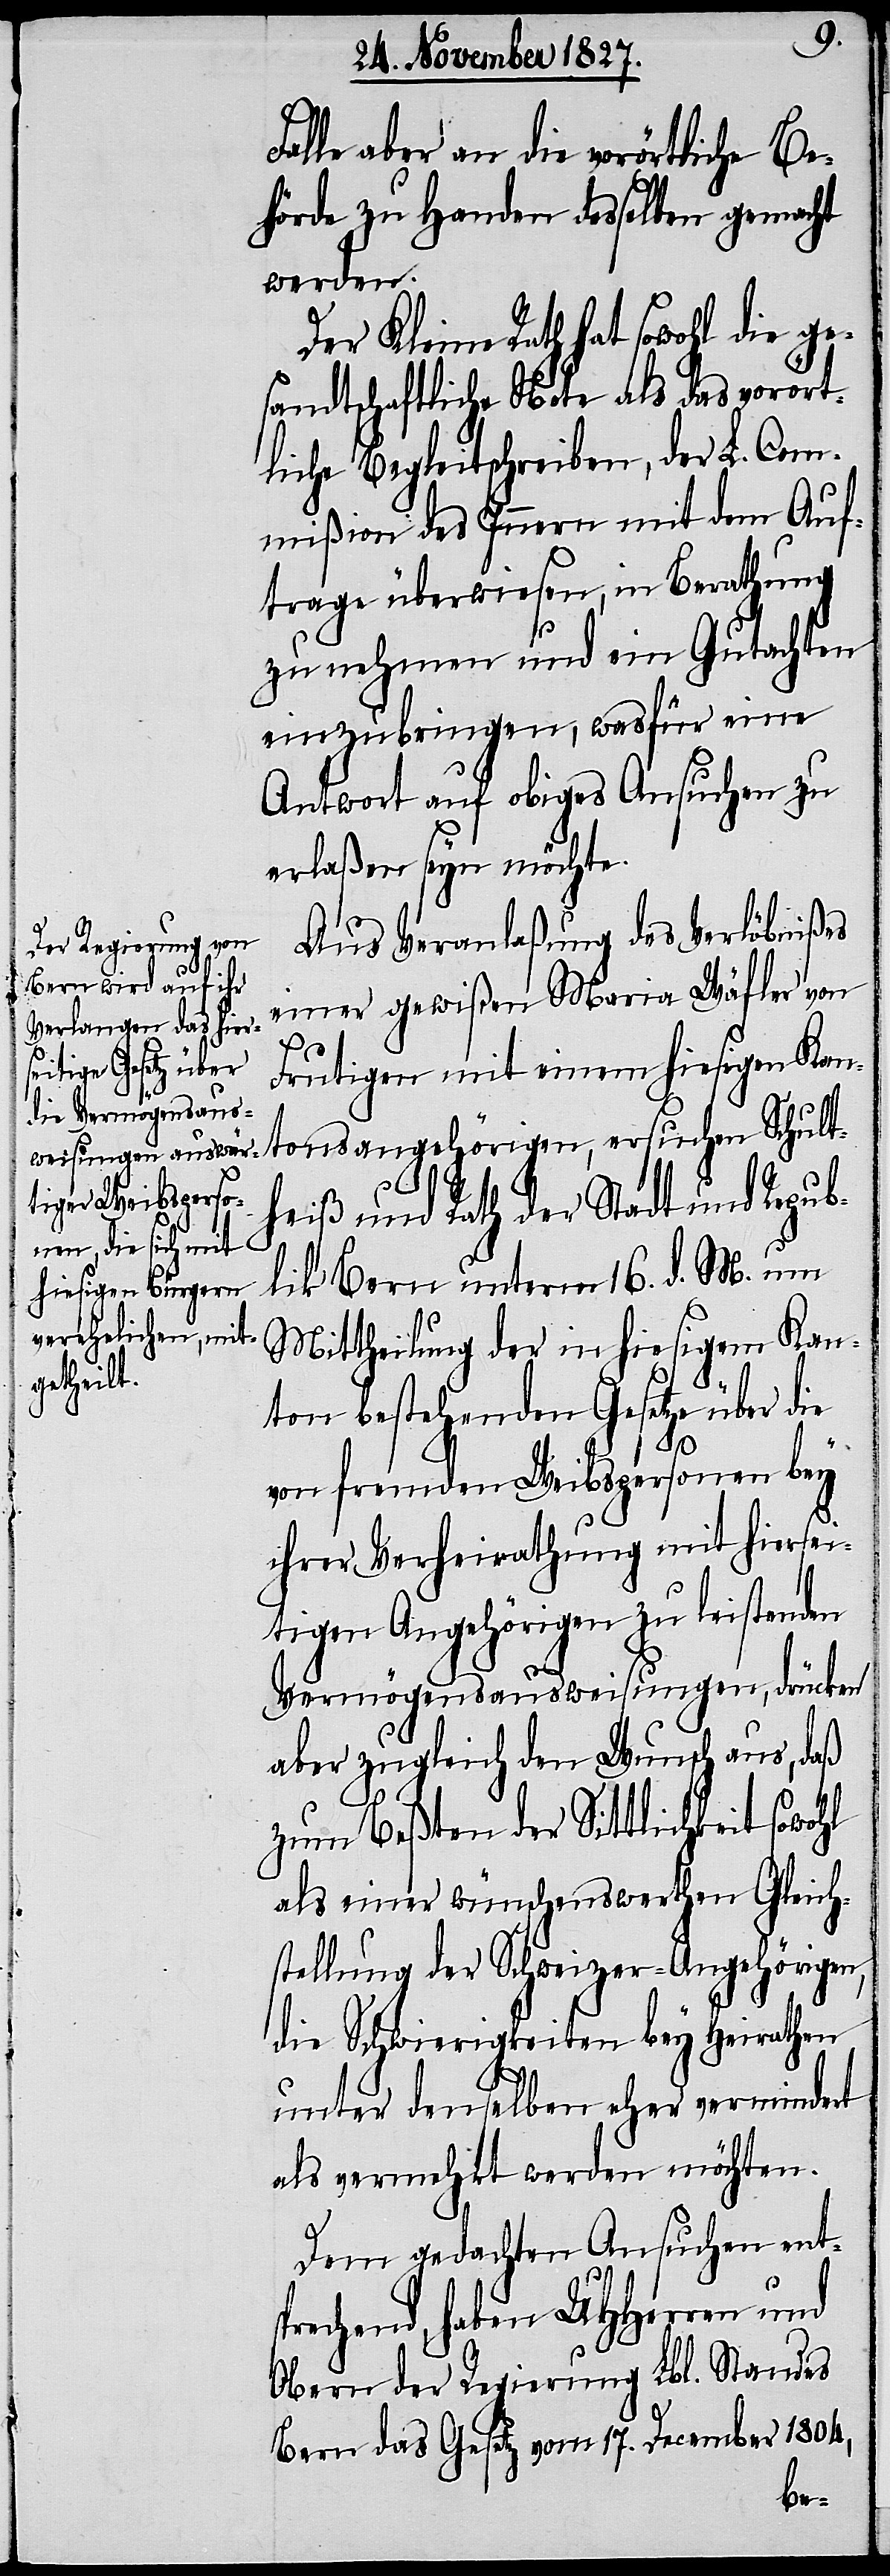
Falle aber an die vorörtliche Be¬
hörde zu Handen desselben gemacht
werden.
Der Kleine Rath hat sowohl die ge¬
sandtschaftliche Note als das vorört¬
liche Begleitschreiben, der L. Com¬
mißion des Innern mit dem Auf¬
trage überwiesen, in Berathung
zu nehmen und ein Gutachten
einzubringen, wasfür eine
Antwort auf obiges Ansuchen zu
erlaßen seyn möchte.
Aus Veranlaßung des Verlöbnißes
einer gewißen Maria Wäfler von
Frutigen mit einem hiesigen Kan¬
tonsangehörigen, ersuchen Schult¬
heiß und Rath der Stadt und Repub¬
lik Bern unterm 16. d. M. um
Mittheilung der in hiesigem Kan¬
ton bestehenden Gesetze über die
von fremden Weibspersonen bey
ihrer Verheirathung mit hiersei¬
tigen Angehörigen zu leistenden
Vermögensausweisung, drücken
aber zugleich den Wunsch aus, daß
zum Beßten der Sittlichkeit sowohl
als einer wünschenswerthen Gleich¬
stellung der Schweizer-Angehörigen,
die Schwierigkeiten bey Heirathen
unter denselben eher vermindert
als vermehrt werden möchten.
Dem gedachten Ansuchen ents¬
prechend, haben UHHerren und
Obern der Regierung Lbl. Standes
Bern das Gesetz vom 17. December 1804,